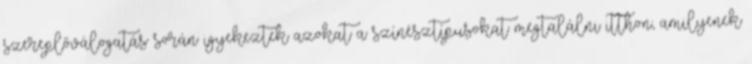
szereplőválogatás során igyekeztek azokat a színésztípusokat megtalálni itthon, amilyenek